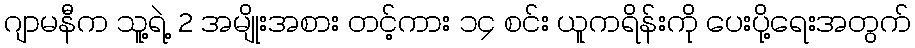
ဂျာမနီက သူ့ရဲ့ 2 အမျိုးအစား တင့်ကား ၁၄ စင်း ယူကရိန်းကို ပေးပို့ရေးအတွက်